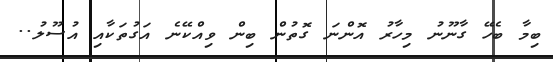
ބިމާ ބެހޭ ގާނޫނު މިހާރު އޮންނަ ގޮތުން ބިން ވިއްކޭނެ އަގުތަކާއި އުސޫލު..